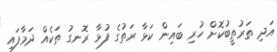
އަދި ތަރުތީބުކޮށް ހުރި ބައިން ކަޅާ ރަތުގެ ފުޅާ ރޮނގު ތަކެއް ދަމާފައި